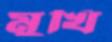
মুখি